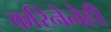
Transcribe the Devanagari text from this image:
करिनेनेही